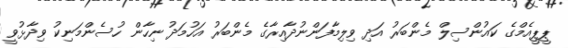
ޕީޕީއެމްގެ ކައުންސިލް މެންބަރު އަދި ވިލިމާފަންނުދާއިރާގެ މެންބަރު އަހުމަދު ނިހާން ހުސެންމަނިކު ވިދާޅުވީ